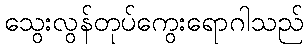
သွေးလွန်တုပ်ကွေးရောဂါသည်